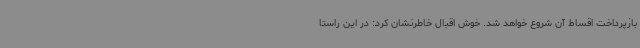
بازپرداخت اقساط آن شروع خواهد شد. خوش اقبال خاطرنشان کرد: در این راستا